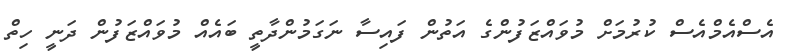
އެސްއެމްއެސް ކުރުމަށް މުވައްޒަފުންގެ އަތުން ފައިސާ ނަގަމުންދާތީ ބައެއް މުވައްޒަފުން ދަނީ ހިތް